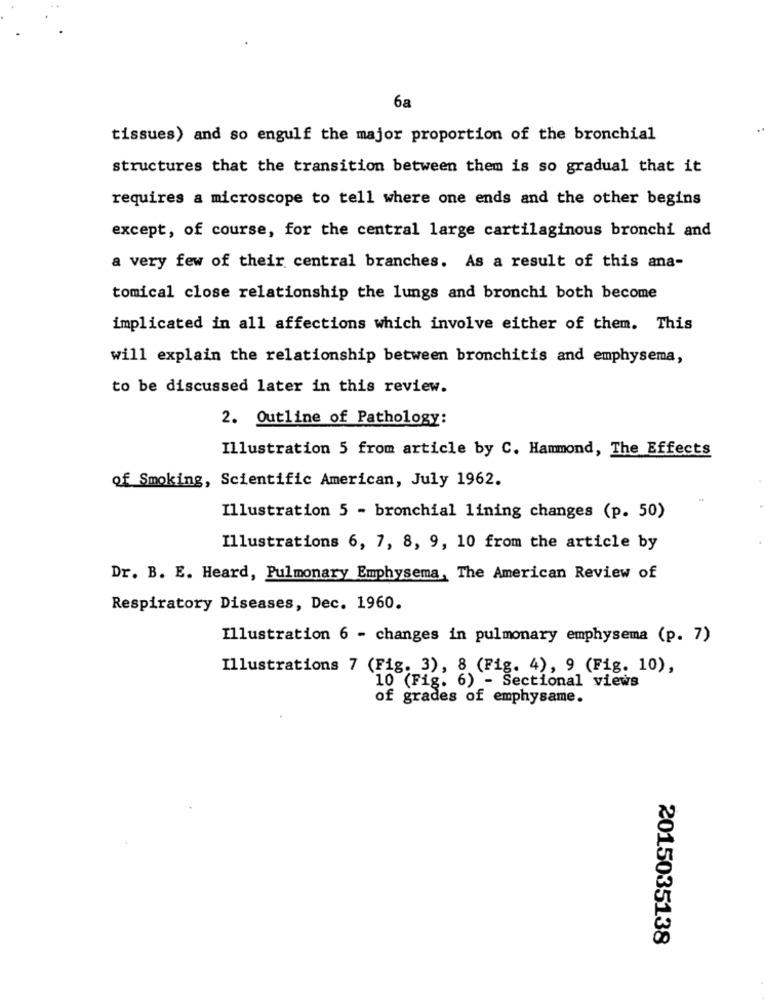
6a
tissues) and so engulf the major proportion of the bronchial
structures that the transition between them is so gradual that it
requires a microscope to tell where one ends and the other begins
except, of course, for the central large cartilaginous bronchi and
a very few of their central branches. As a result of this ana-
tomical close relationship the lungs and bronchi both become
implicated in all affections which involve either of them. This
will explain the relationship between bronchitis and emphysema,
to be discussed later in this review.
2. Outline of Pathology:
Illustration 5 from article by C. Hammond, The Effects
of Smoking, Scientific American, July 1962.
Illustration 5 - bronchial lining changes (p. 50)
Illustrations 6, 7, 8, 9, 10 from the article by
Dr. B. E. Heard, Pulmonary Emphysema, The American Review of
Respiratory Diseases, Dec. 1960.
Illustration 6 - changes in pulmonary emphysema (p. 7)
Illustrations 7 (Fig. 3), 8 (Fig. 4), 9 (Fig. 10),
10 (Fig. 6) - Sectional views
of grades of emphysame.
2015035138